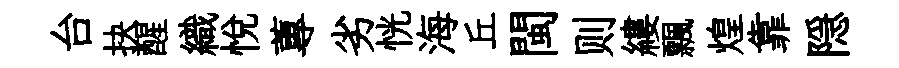
台抉醒織悅蓴劣恍海丘閩则縷飄煌靠隠